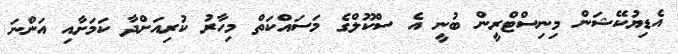
އެޑިޔުކޭޝަން މިނިސްޓްރީން ބުނީ އެ ސްކޫލްގެ މަސައްކަތް މިހާރު ކުރިއަށްދާ ކަމަށާއި އަންނަ